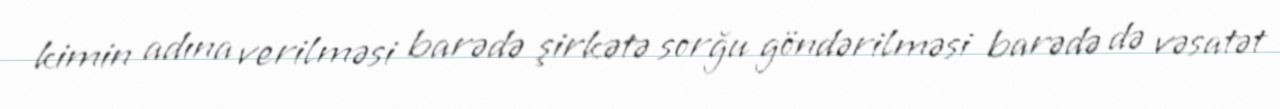
kimin adına verilməsi barədə şirkətə sorğu göndərilməsi barədə də vəsatət